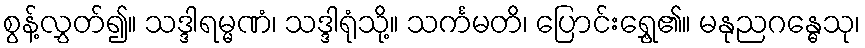
စွန့်လွှတ်၍။ သဒ္ဒါရမ္မဏံ၊ သဒ္ဒါရုံသို့။ သင်္ကမတိ၊ ပြောင်းရွှေ့၏။ မနုညဂန္ဓေသု၊